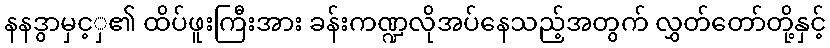
နနဒွာမှင့ှ၏ ထိပ်ဖူးကြီးအား ခန်းကဏ္ဍလိုအပ်နေသည့်အတွက် လွှတ်တော်တို့နှင့်